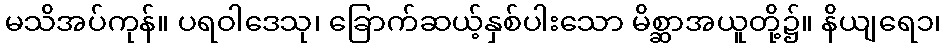
မသိအပ်ကုန်။ ပရဝါဒေသု၊ ခြောက်ဆယ့်နှစ်ပါးသော မိစ္ဆာအယူတို့၌။ နိယျရေ၁၊